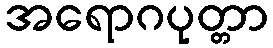
အရောဂပုတ္တာ